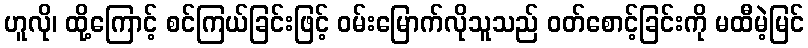
ဟူလို၊ ထို့ကြောင့် စင်ကြယ်ခြင်းဖြင့် ဝမ်းမြောက်လိုသူသည် ဝတ်စောင့်ခြင်းကို မထီမဲ့မြင်